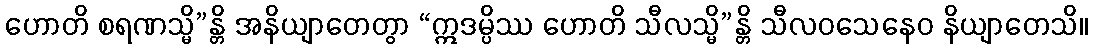
ဟောတိ စရဏသ္မိ”န္တိ အနိယျာတေတွာ “ဣဒမ္ပိဿ ဟောတိ သီလသ္မိ”န္တိ သီလဝသေနေဝ နိယျာတေသိ။